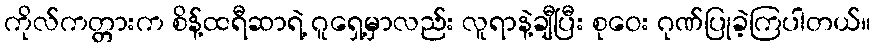
ကိုလ်ကတ္တားက စိန့်ထရီဆာရဲ့ ဂူရှေ့မှာလည်း လူရာနဲ့ချီပြီး စုဝေး ဂုဏ်ပြုခဲ့ကြပါတယ်။